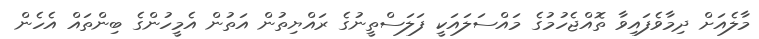
މާލެއަށް ދިމާވެފައިވާ ތޮއްޖެހުމުގެ މައްސަލައަކީ ފަލަސްތީނުގެ ރައްޔިތުން އަތުން އެމީހުންގެ ބިންތައް އެހެން